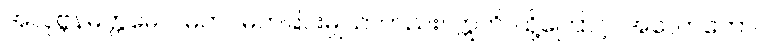
အလုဗ္ဘနမတ္တမေဝ၊ မတပ်မက်ခြင်းမျှသာတည်း။ ဣတိ၊ ထို့ကြောင့်။ အလောဘော၊